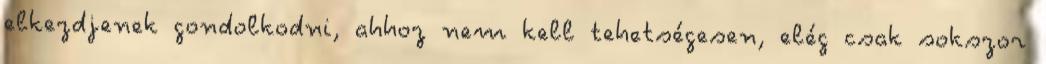
elkezdjenek gondolkodni, ahhoz nem kell tehetségesen, elég csak sokszor